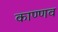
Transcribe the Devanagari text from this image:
काण्णव